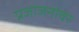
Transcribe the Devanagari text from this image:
प्रजाजनांवर